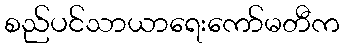
စည်ပင်သာယာရေးကော်မတီက